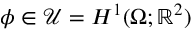
\phi \in \mathcal { U } = H ^ { 1 } ( \Omega ; \mathbb { R } ^ { 2 } )